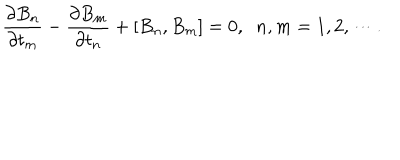
LaTeX: \frac { \partial B _ { n } } { \partial t _ { m } } - \frac { \partial B _ { m } } { \partial t _ { n } } + \left[ B _ { n } , B _ { m } \right] = 0 , \; \; n , m = 1 , 2 , \cdots .